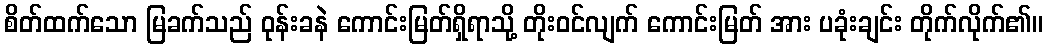
စိတ်ထက်သော မြခက်သည် ဝုန်းခနဲ ကောင်းမြတ်ရှိရာသို့ တိုးဝင်လျက် ကောင်းမြတ် အား ပခုံးချင်း တိုက်လိုက်၏။